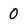
Character: 0